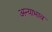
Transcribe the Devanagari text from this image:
अन्याभाव